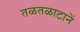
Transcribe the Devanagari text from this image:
तळतळाटानें